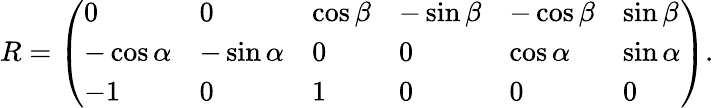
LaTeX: R=\left(\begin{array}{llllll}{0}&{0}&{\cos\beta}&{-\sin\beta}&{-\cos\beta}&{\sin\beta}\\ {-\cos\alpha}&{-\sin\alpha}&{0}&{0}&{\cos\alpha}&{\sin\alpha}\\ {-1}&{0}&{1}&{0}&{0}&{0}\end{array}\right).